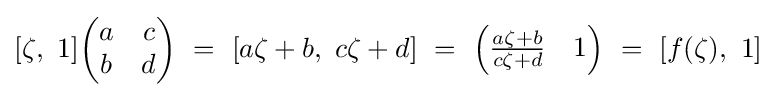
[\zeta ,\ 1]{\begin{pmatrix}a&c\\b&d\end{pmatrix}}\ =\ [a\zeta +b,\ c\zeta +d]\ =\ {\begin{pmatrix}{\tfrac {a\zeta +b}{c\zeta +d}}&1\end{pmatrix}}\ =\ [f(\zeta ),\ 1]